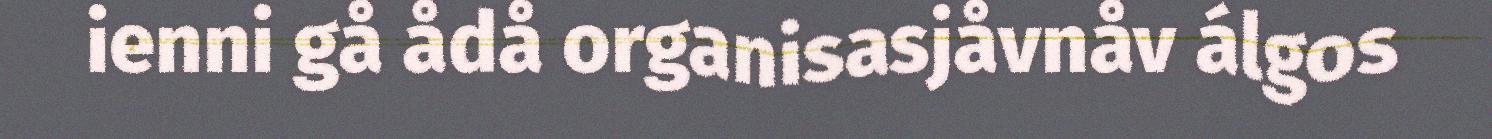
ienni gå ådå organisasjåvnåv álgos